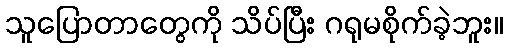
သူပြောတာတွေကို သိပ်ပြီး ဂရုမစိုက်ခဲ့ဘူး။